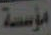
مؤسسة